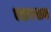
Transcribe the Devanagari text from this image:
एडरसन